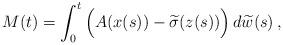
LaTeX: \begin{align*} M(t) = \int_0^t \Big(A(x(s)) - \widetilde{\sigma}(z(s))\Big)\,d\widetilde{w}(s)\,, \end{align*}